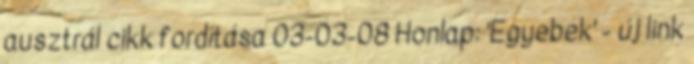
ausztrál cikk fordítása 03-03-08 Honlap: 'Egyebek' - új link